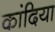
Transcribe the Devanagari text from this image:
कांदिया